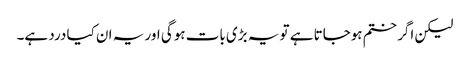
لیکن اگر ختم ہوجاتا ہے تو یہ بڑی بات ہوگی اور یہ ان کیا درد ہے۔